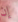
إن